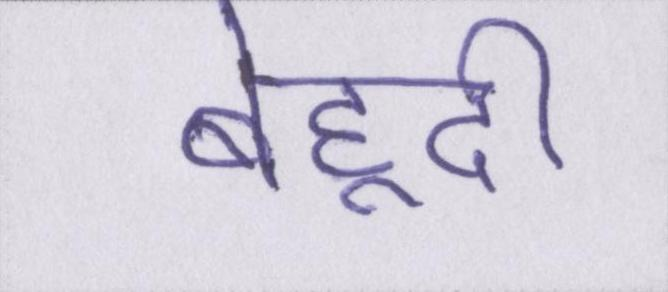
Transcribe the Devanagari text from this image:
बेहूदी